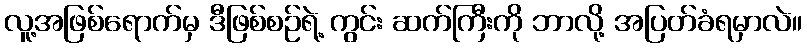
လူ့အဖြစ်ရောက်မှ ဒီဖြစ်စဉ်ရဲ့ ကွင်း ဆက်ကြီးကို ဘာလို့ အပြတ်ခံရမှာလဲ။